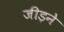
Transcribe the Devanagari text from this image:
जीड़ने